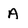
Character: A